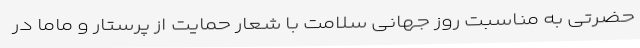
حضرتی به مناسبت روز جهانی سلامت با شعار حمایت از پرستار و ماما در